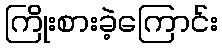
ကြိုးစားခဲ့ကြောင်း